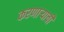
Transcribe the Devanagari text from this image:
करणाऱ्याची